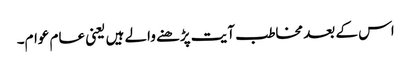
اس کے بعد مخاطب آیت پڑھنے والے ہیں یعنی عام عوام۔